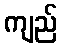
ကျည်